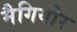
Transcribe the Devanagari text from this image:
मैगियोर